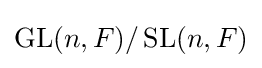
\operatorname {GL} (n,F)/\operatorname {SL} (n,F)